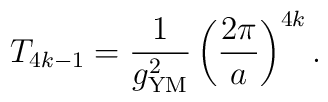
T_{4k-1}= {1\over g^2_{\mathrm{YM}}}	\left( {2\pi\over a} \right)^{4k}.